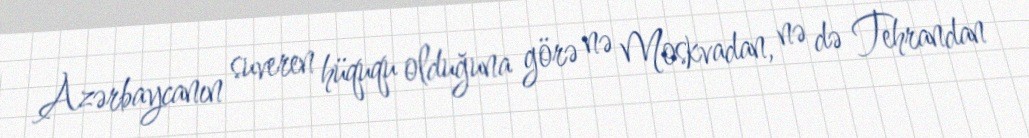
Azərbaycanın suveren hüququ olduğuna görə nə Moskvadan, nə də Tehrandan